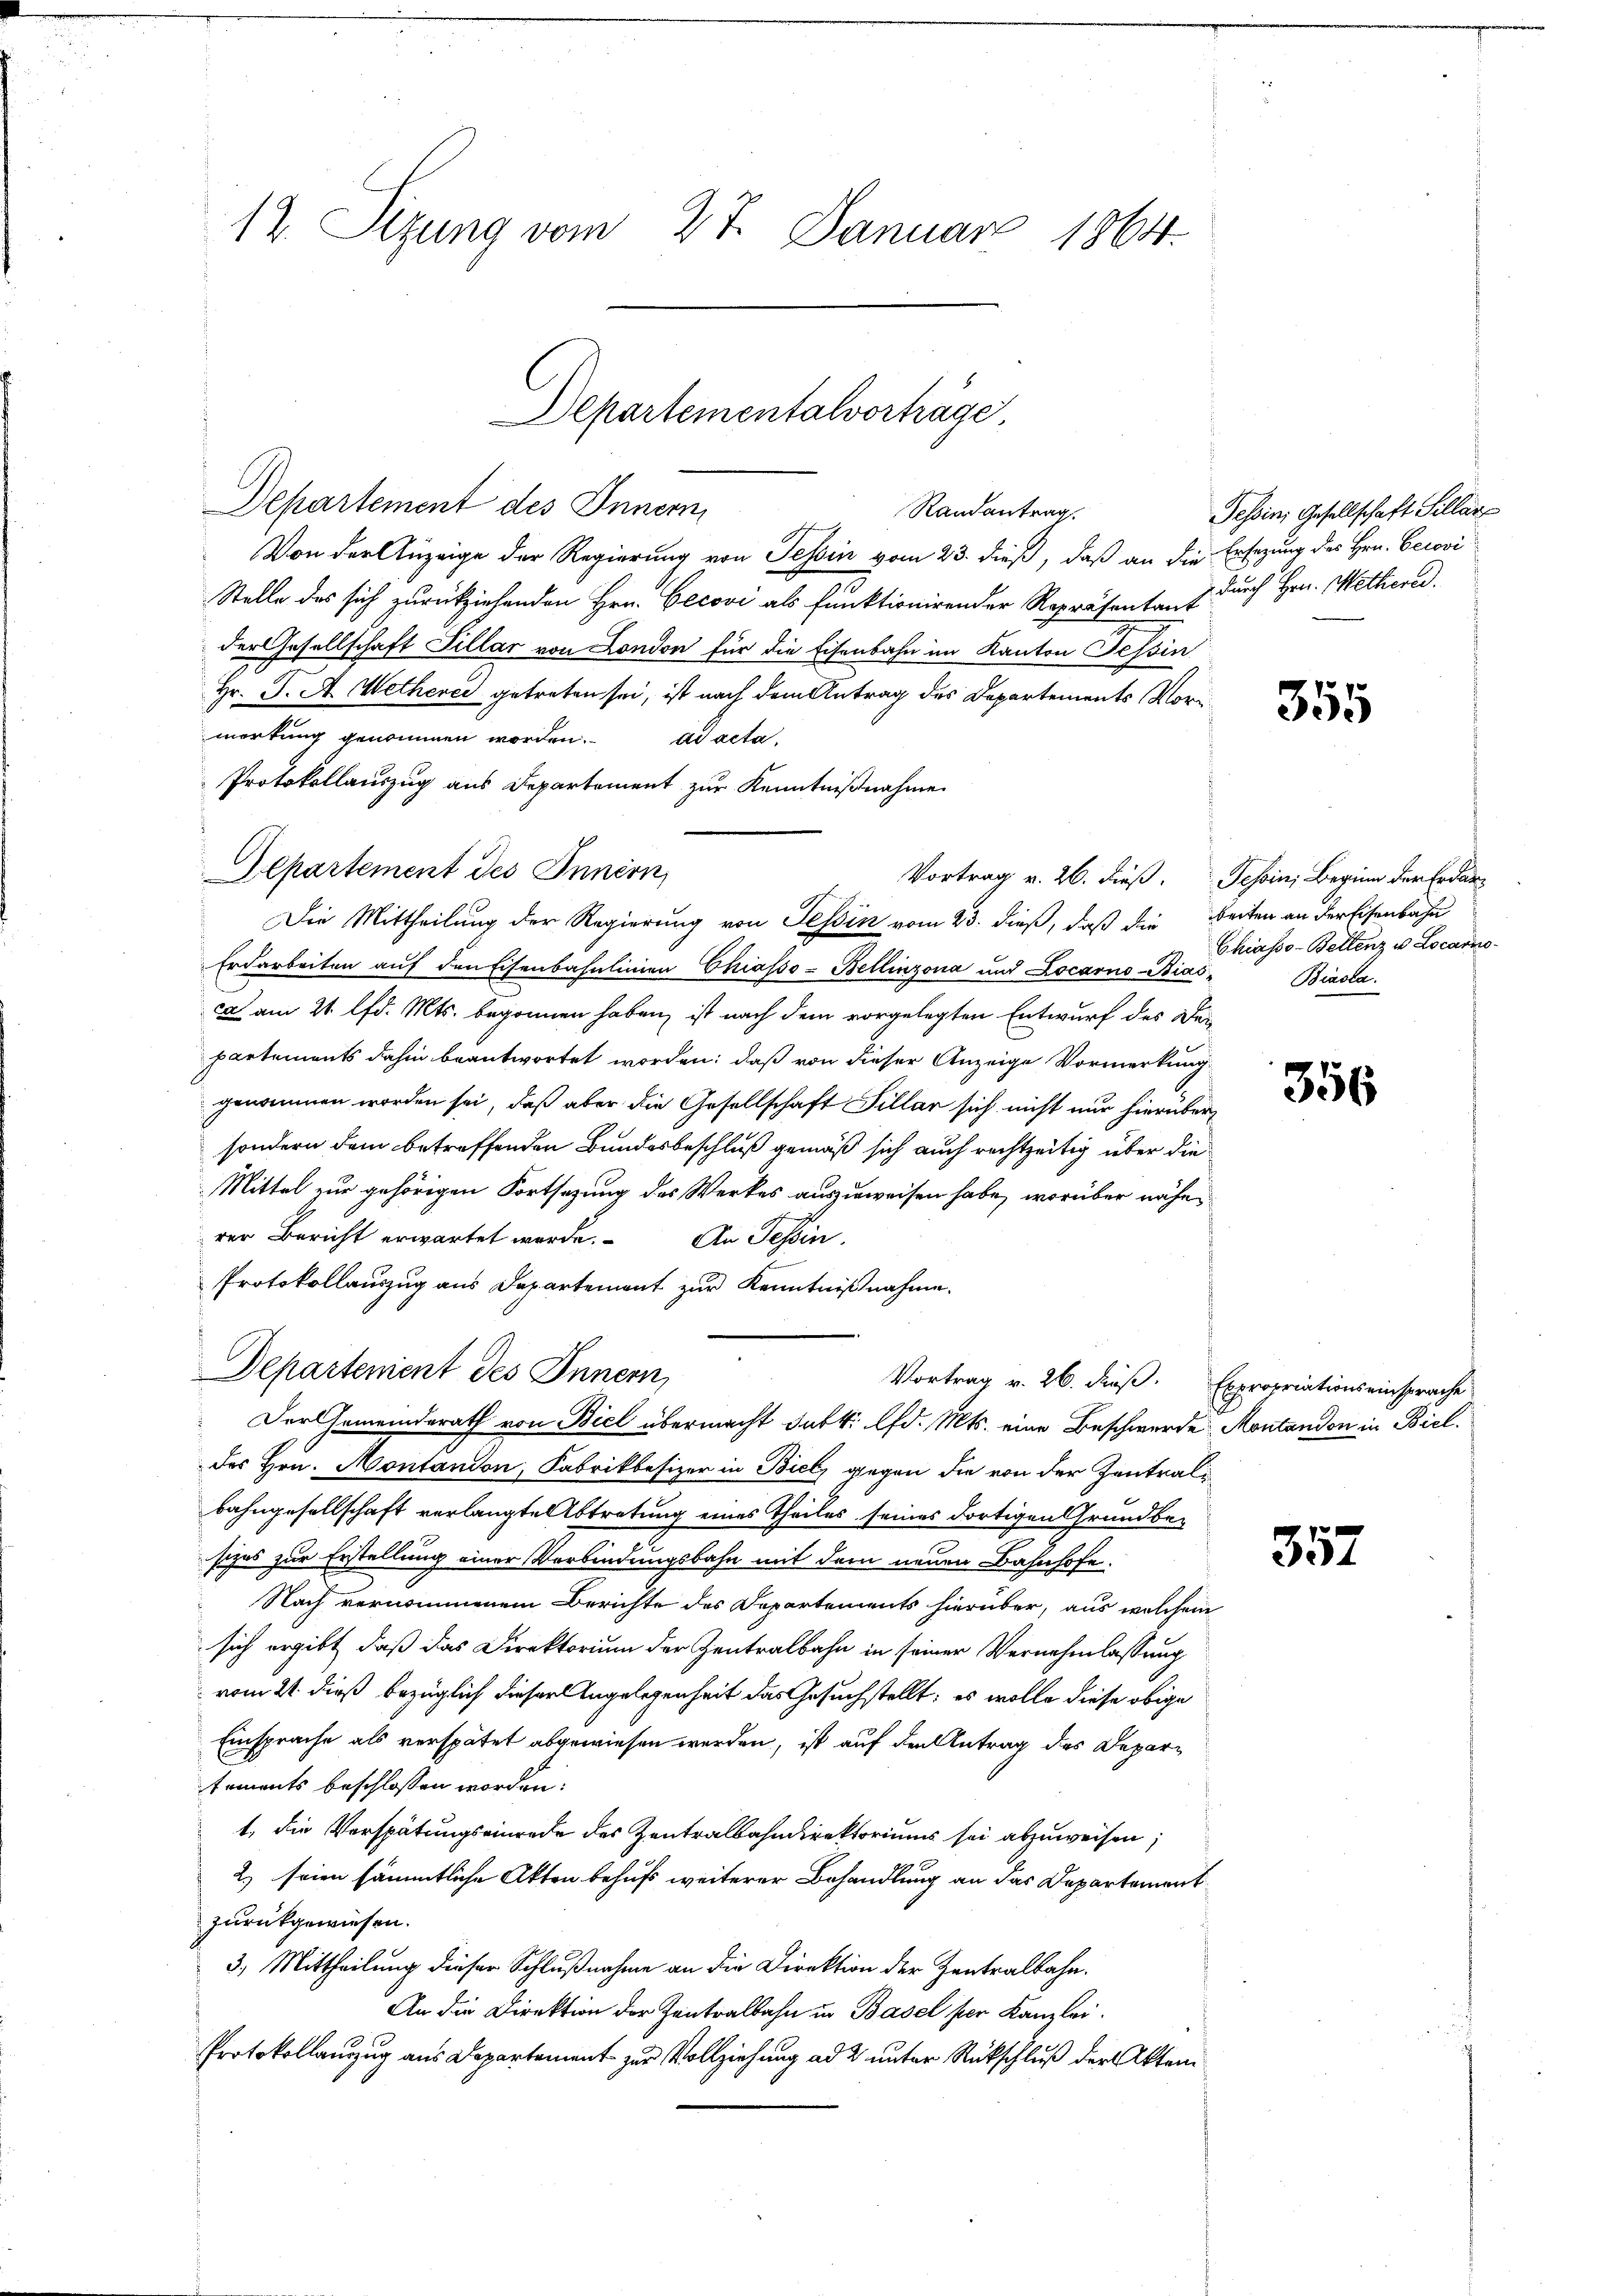
12. Seizung vom 27. Januar 1864.

Von der Anzeige der Regierung von Tessin vom 23. dieß, daß an die Ersezung des Hrn. Cerovi
Stelle des sich zurückziehenden Hrn. Cecovi als Funktionirender Repräsentant durch Hrn. Wettere.
der Gesellschaft Sillar von London für die Eisenbahn im Kanton Tessin
Hr. J. A. Wetherei getreten sei, ist nach dem Antrag des Departements Mori
morkung genommen worden.
ad acta.
Protokollauszug aus Departement zur Kenntnißnahme
Departement des Innern,
Vortrag v. 26. dieß. Tessin; Beginn der Erdan¬
Die Mittheilung der Regierung von Tessin vom 23. dieß, daß die beiten an der Eisenbahn
Erdarbeiten auf den Eisenbahnlinien Chiasso-Bellinzona und Locarno-Biasca am 21. lfd. Mts. begonnen haben, ist nach dem vorgelegten Entwurf des Deipartements dahin beantwortet worden; daß von dieser Anzeige Vormerkung
genommen worden sei, daß aber die Gesellschaft Sillar sich nicht nur hierüber
sondern dem betreffenden Bundesbeschluß gemäß sich auch rechtzeitig über die
Mittel zur gehörigen Fortsetzung des Werkes auszuweisen habe, worüber nähe
rer Bericht erwartet werde. An Tessin,
Protokollauszug aus Departement zur Kenntnißnahme.
Departement des Innern,
Vortrag v. 26. dieß. Expropriationseinsprache
Der Gemeinderath von Biel übermacht Jak. lfd. Mts. eine Beschwerde Montandon in Biel
des Hrn. Montandon, Fabrikbesizer in Biel gegen die von der Zentralbahngesellschaft verlangte Abtretung eines Theiles seines dortigen Grundbesizes zur Erstellung einer Verbindungsbahn mit dem neuen Bahnhofe.
Nach vernommenem Berichte des Departements hierüber, aus welchem
sich ergibt, daß das Direktorium der Zentralbahn in seiner Vernehmlassung
vom 21. dieß bezüglich dieser Angelegenheit das Gesuchstellt: es wolle diese obige
Einsprache als verspätet abgewiesen werden, ist auf den Antrag des Departements beschlossen worden.
t. die Verspätungseinrede des Zentralbahndirektoriums sei abzuweisen;
2) seien sämmtliche Akten behufs weiterer Behandlung an das Departement
zurückgewiesen.
3.) Mittheilung dieser Schlußnahme an die Direktion der Zentralbahn.
An die Direktion der Zentralbahn in Basel per Kanzlei.
Protokollauszug aus Departement zur Vollziehung ad 2. unter Rückschluß der Akten

Departementalvorträge
Departement des Innern
Randantrag

Tessin, Gesellschaft Sillar

355

Chiasso-Bettenz u. Locarno
Biasca.

356

357